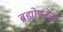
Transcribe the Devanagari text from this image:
ब्रह्मोपनेता